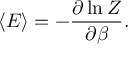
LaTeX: \langle E \rangle = - { \frac { \partial \ln Z } { \partial \beta } } .